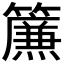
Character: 𮆴